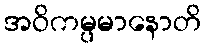
အဝိကမ္ပမာနောတိ